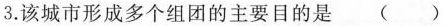
3.该城市形成多个组团的主要目的是( )